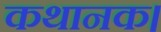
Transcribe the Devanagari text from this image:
कथानक।